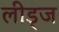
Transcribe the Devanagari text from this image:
लीड्ज